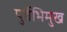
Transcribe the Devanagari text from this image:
पुर्वेभिमुख